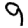
Digit: 9